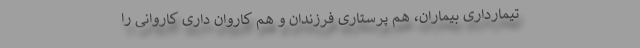
تیمارداری بیماران، هم پرستاری فرزندان و هم کاروان داری کاروانی را